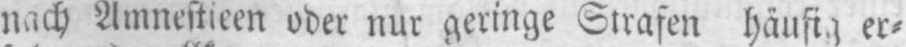
er⸗